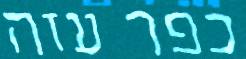
כפר עזה